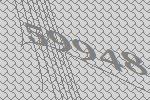
59948